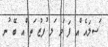
ަސލައެ ްއ ފަ ަދ ަލ ުފޒު ަތ ްއ ބޭ ުނ